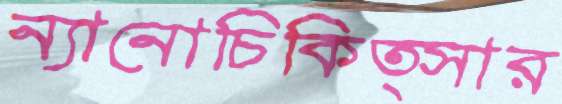
ন্যানোচিকিত্সার